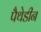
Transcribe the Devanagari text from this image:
पैथेडीन